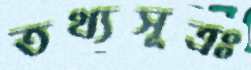
তথ্যসূত্রঃ